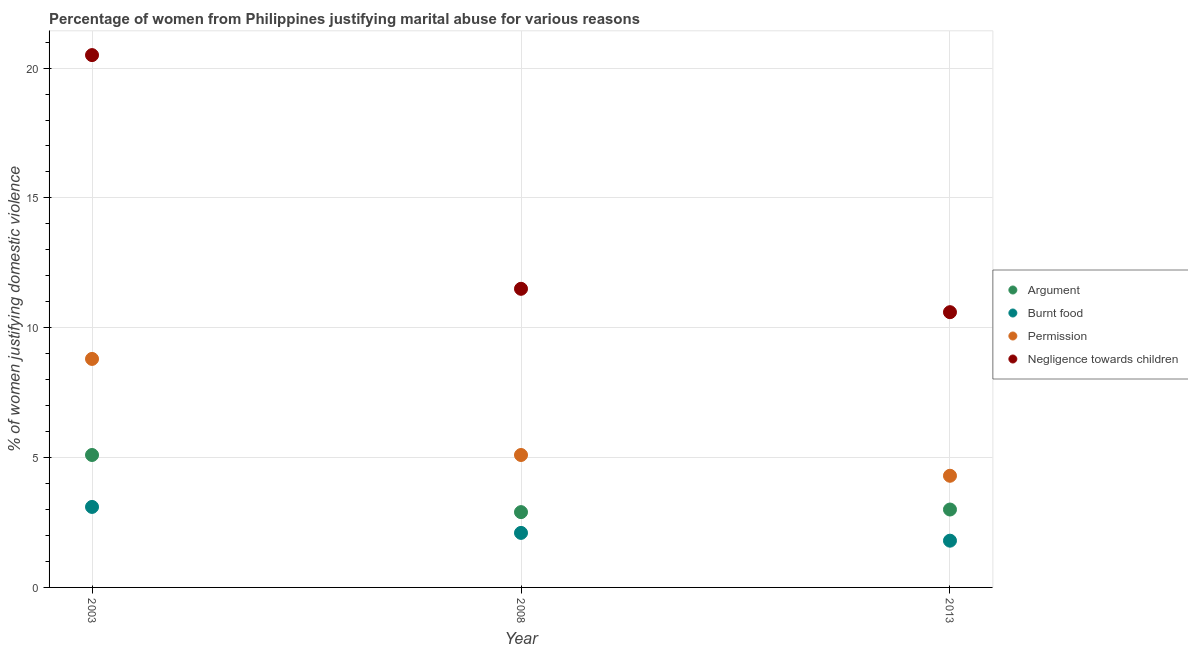
| Year | Argument | Burnt food | Permission | Negligence towards children |
 | --- | --- | --- | --- | --- |
 | 2003 | 5.1 | 3.1 | 8.8 | 20.5 |
 | 2008 | 2.9 | 2.1 | 5.1 | 11.5 |
 | 2013 | 3 | 1.8 | 4.3 | 10.6 |